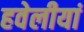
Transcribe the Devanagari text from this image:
हवेलीयां